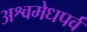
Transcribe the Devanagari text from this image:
अश्वमेधपर्व